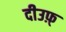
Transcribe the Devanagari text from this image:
दीउफ़्